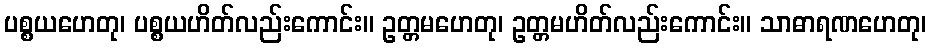
ပစ္စယဟေတု၊ ပစ္စယဟိတ်လည်းကောင်း။ ဥတ္တမဟေတု၊ ဥတ္တမဟိတ်လည်းကောင်း။ သာဓာရဏဟေတု၊